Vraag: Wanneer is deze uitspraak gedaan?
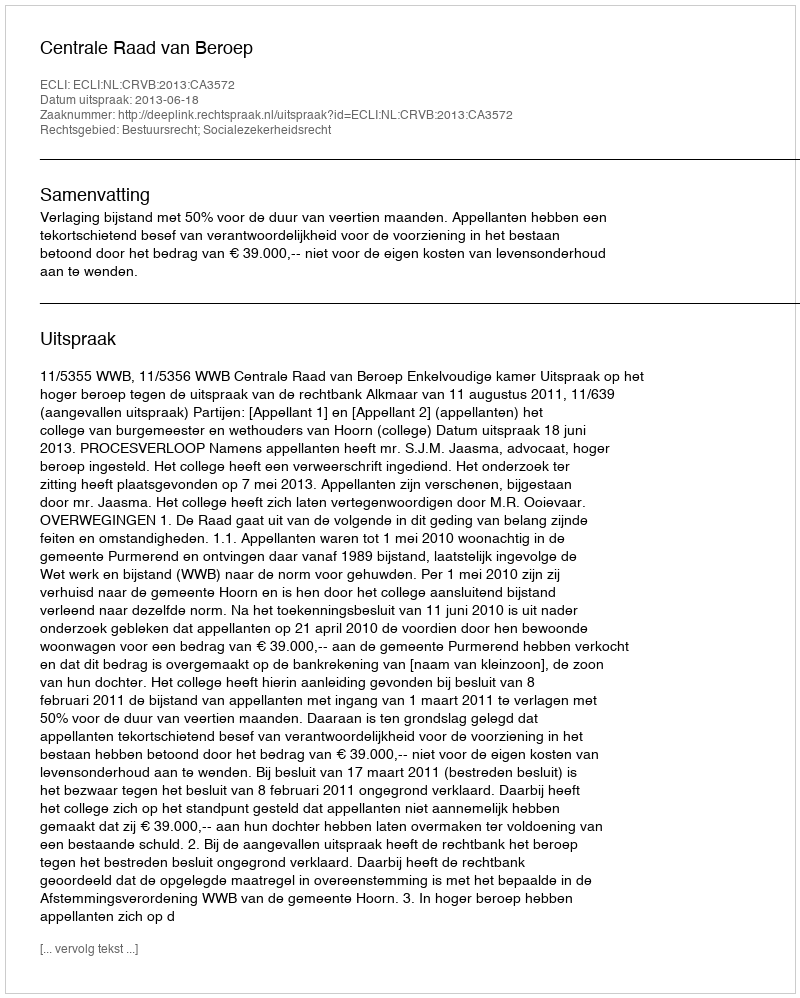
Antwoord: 2013-06-18